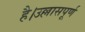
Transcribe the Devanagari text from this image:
है।उल्लासपूर्ण